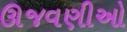
ઊજવણીઓ